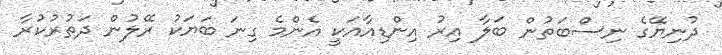
ދުނިޔޭގެ ނިސްބަތުން ބަލާ އިރު އިންޑިއާއަކީ އެންމެ ގިނަ ބަޔަކު ރޭލުން ދަތުރުކުރާ